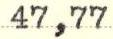
47,77